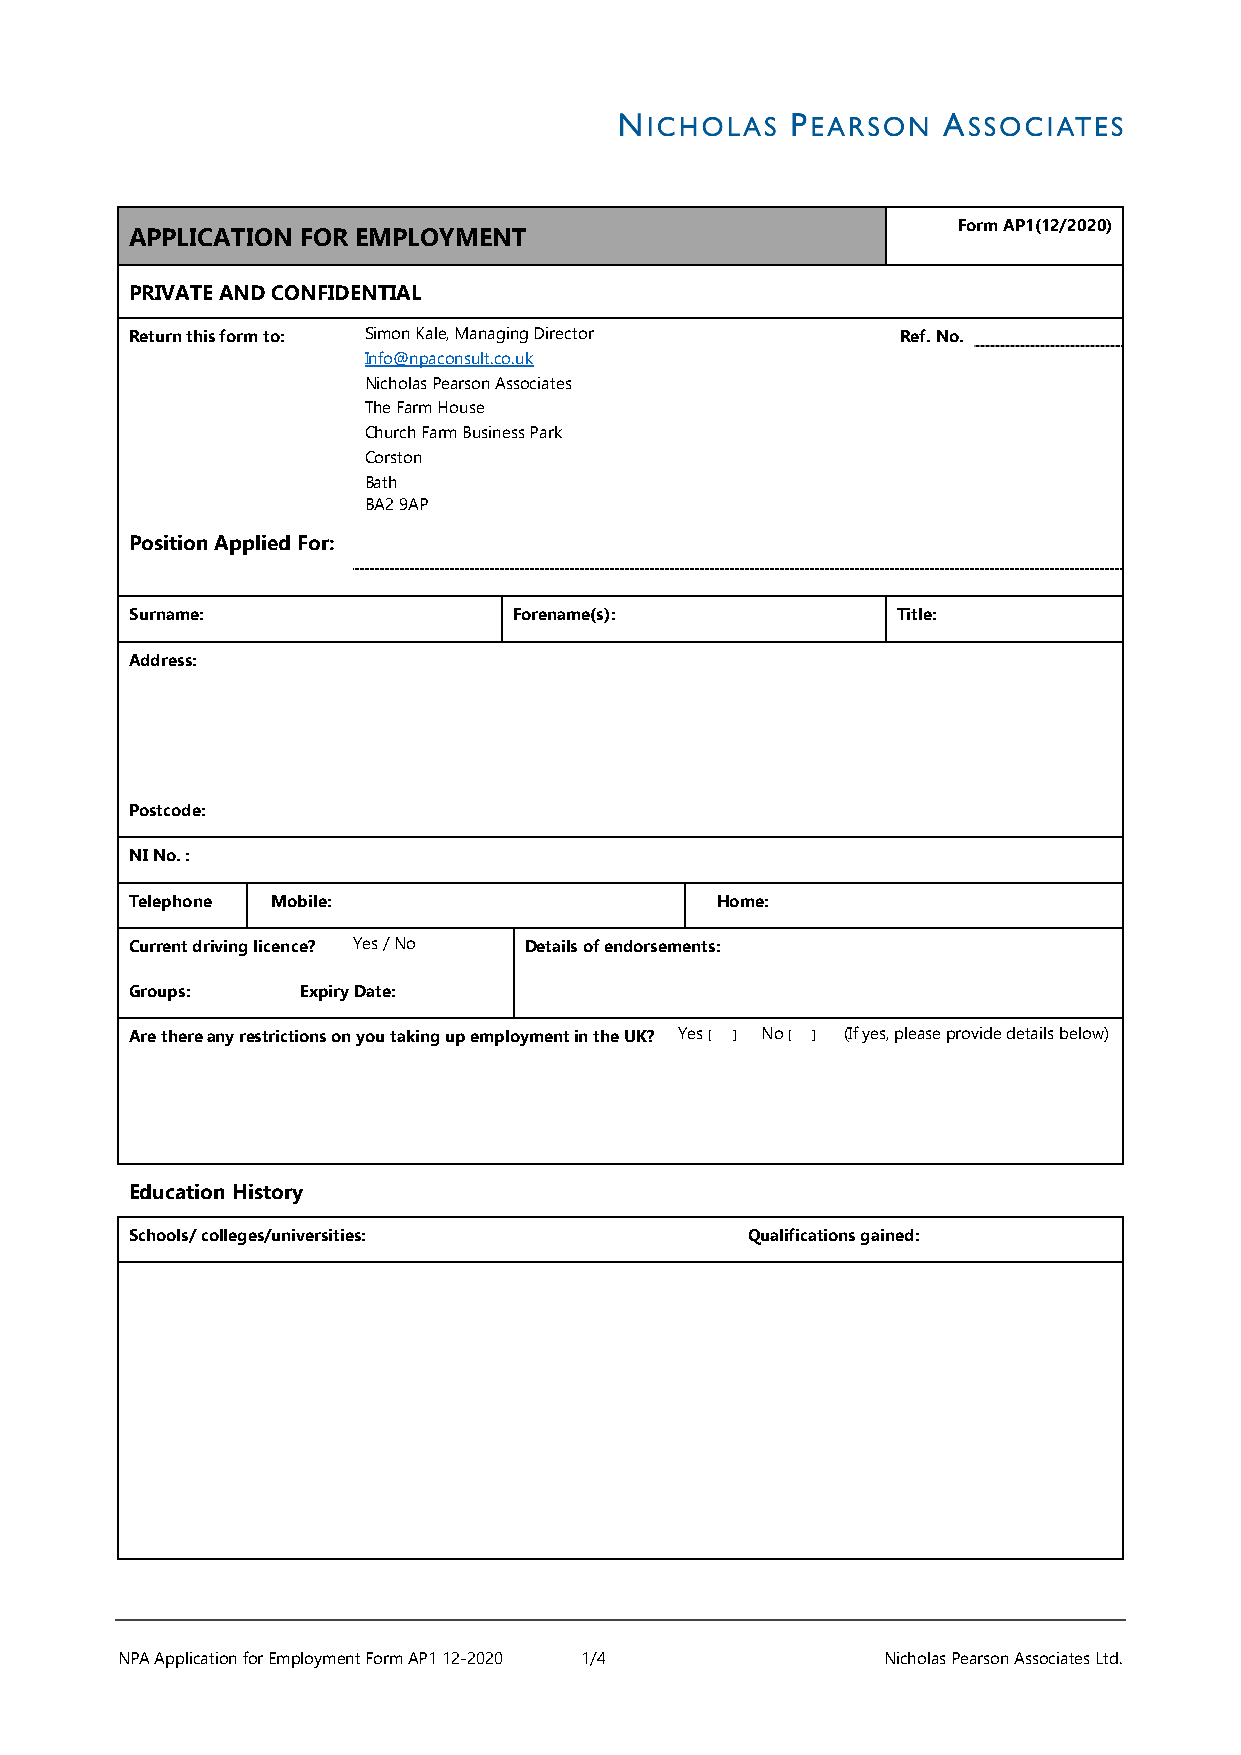
Form AP1(12/2020)
 APPLICATION FOR EMPLOYMENT
 PRIVATE AND CONFIDENTIAL
 Return this form to: Simon Kale, Managing Director Ref. No.
 Info@npaconsult.co.uk
 Nicholas Pearson Associates
 The Farm House
 Church Farm Business Park
 Corston
 Bath
 BA2 9AP
 Position Applied For:
 Surname:                 Forename(s):             Title:
 Address:
 Postcode:
 NI No. :
 Telephone Mobile:                     Home:
 Current driving licence? Yes / No Details of endorsements:
 Groups:    Expiry Date:
 Are there any restrictions on you taking up employment in the UK? Yes [ ] No [ ] (If yes, please provide details below)
 Education History
 Schools/ colleges/universities:          Qualifications gained:
 NPA Application for Employment Form AP1 12-2020 1/4 Nicholas Pearson Associates Ltd.